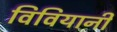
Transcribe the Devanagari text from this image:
विवियानी